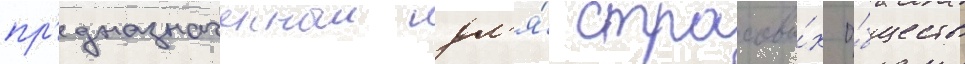
пр'едназначенныи дл'я́ страховы́х о́бществ